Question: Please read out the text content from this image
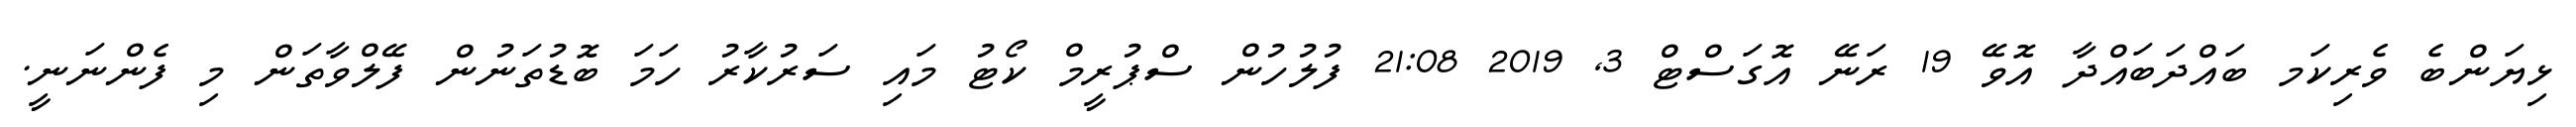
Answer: ޅިޔަންބެ ވެރިކަމ ބައްދަބައްދާ އޮވޭ 19 ރަނޭ އޮގަސްޓް 3, 2019 21:08 ފުލުހުން ސްޕުރީމް ކޯޓު މައި ސަރުކާރު ހަމަ ބޮޑުތަނުން ފޭލްވާތަން މި ފެންނަނީ.